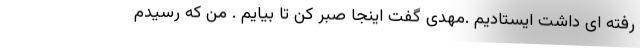
رفته ای داشت ایستادیم .مهدی گفت اینجا صبر کن تا بیایم . من که رسیدم